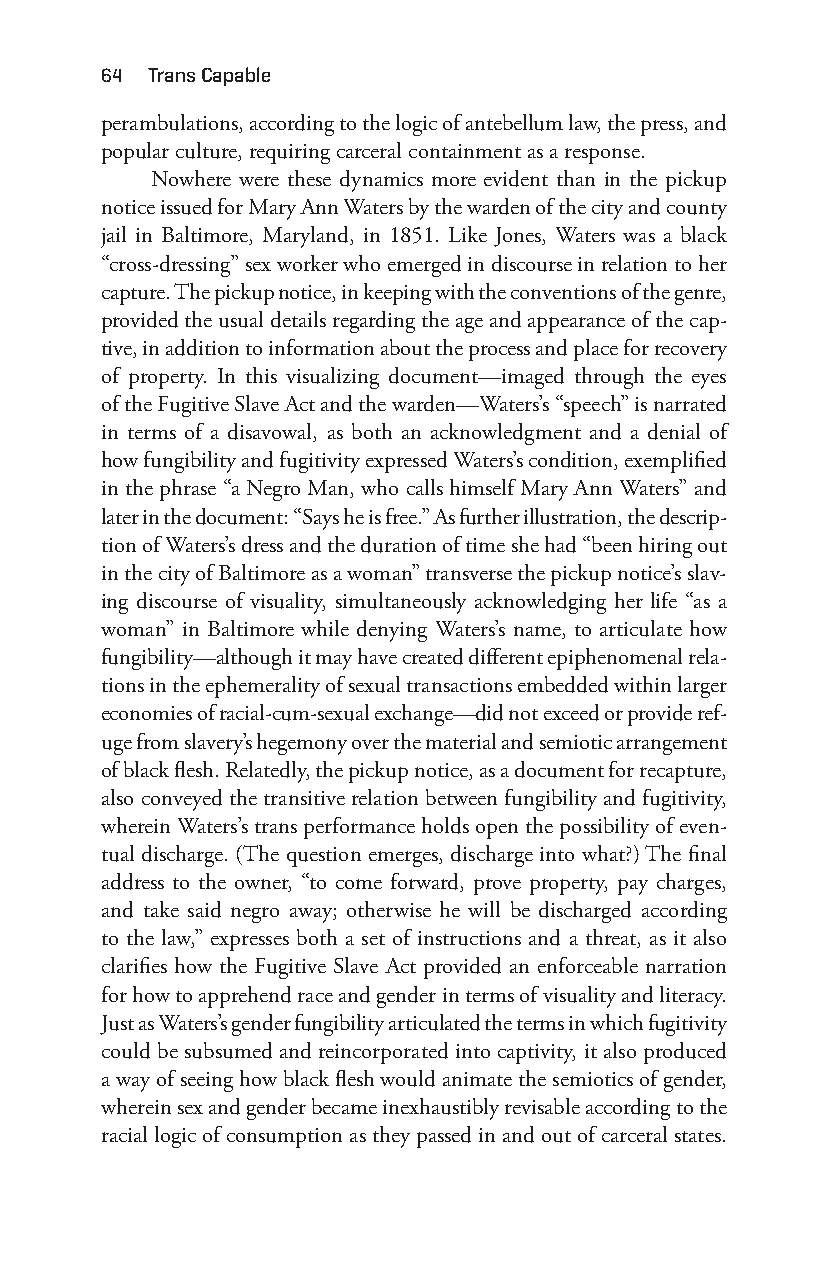
64 trans capable
 perambulations, according to the logic of antebellum law, the press, and
 popular culture, requiring carceral containment as a response.
 Nowhere were these dynamics more evident than in the pickup
 notice issued for Mary Ann Waters by the warden of the city and county
 jail in Baltimore, Maryland, in 1851. Like Jones, Waters was a black
 “cross- dressing” sex worker who emerged in discourse in relation to her
 capture. The pickup notice, in keeping with the conventions of the genre,
 provided the usual details regarding the age and appearance of the cap-
 tive, in addition to information about the process and place for recovery
 of property. In this visualizing document—i maged through the eyes
 of the Fugitive Slave Act and the warden— Waters’s “speech” is narrated
 in terms of a disavowal, as both an acknowledgment and a denial of
 how fungibility and fugitivity expressed Waters’s condition, exemplified
 in the phrase “a Negro Man, who calls himself Mary Ann Waters” and
 later in the document: “Says he is free.” As further illustration, the descrip-
 tion of Waters’s dress and the duration of time she had “been hiring out
 in the city of Baltimore as a woman” transverse the pickup notice’s slav-
 ing discourse of visuality, simultaneously acknowledging her life “as a
 woman” in Baltimore while denying Waters’s name, to articulate how
 fungibility— although it may have created different epiphenomenal rela-
 tions in the ephemerality of sexual transactions embedded within larger
 economies of racial-c um- sexual exchange— did not exceed or provide ref-
 uge from slavery’s hegemony over the material and semiotic arrangement
 of black flesh. Relatedly, the pickup notice, as a document for recapture,
 also conveyed the transitive relation between fungibility and fugitivity,
 wherein Waters’s trans performance holds open the possibility of even-
 tual discharge. (The question emerges, discharge into what?) The final
 address to the owner, “to come forward, prove property, pay charges,
 and take said negro away; otherwise he will be discharged according
 to the law,” expresses both a set of instructions and a threat, as it also
 clarifies how the Fugitive Slave Act provided an enforceable narration
 for how to apprehend race and gender in terms of visuality and literacy.
 Just as Waters’s gender fungibility articulated the terms in which fugitivity
 could be subsumed and reincorporated into captivity, it also produced
 a way of seeing how black flesh would animate the semiotics of gender,
 wherein sex and gender became inexhaustibly revisable according to the
 racial logic of consumption as they passed in and out of carceral states.
 Snorton.indd 64                             29/09/2017 8:41:00 AM